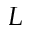
L